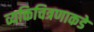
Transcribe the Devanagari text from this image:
व्यक्तिचित्रणाकडे